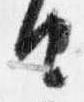
由